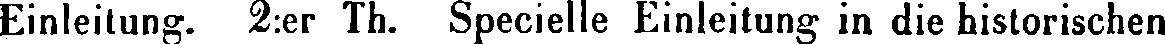
Einleitung. 2:er Th. Specielle Einleitung in die historischen